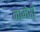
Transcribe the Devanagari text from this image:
नामेरी